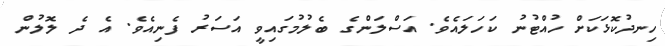
ހިނދުކޮޅަކަށް ހުއްޓުނު ކަހަލައެވެ. އަސްލަންގެ ބެލުމުގައިވީ އަސަރު ފެނިއެވެ. އެ ދެ ލޮލުން